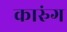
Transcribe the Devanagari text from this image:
कारुंग